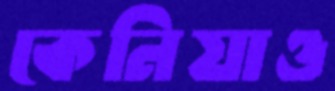
কেনিয়াও